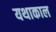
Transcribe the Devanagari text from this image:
यथाकाल